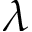
\lambda